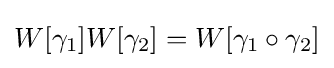
W[\gamma _{1}]W[\gamma _{2}]=W[\gamma _{1}\circ \gamma _{2}]